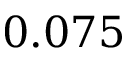
0 . 0 7 5